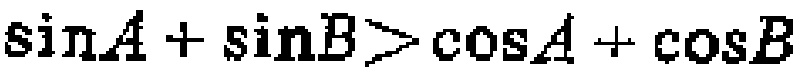
$\sin A + \sin B>\cos A + \cos B$